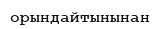
орындайтынынан